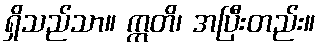
ရှိသည်သာ။ ဣတိ၊ အပြီးတည်း။